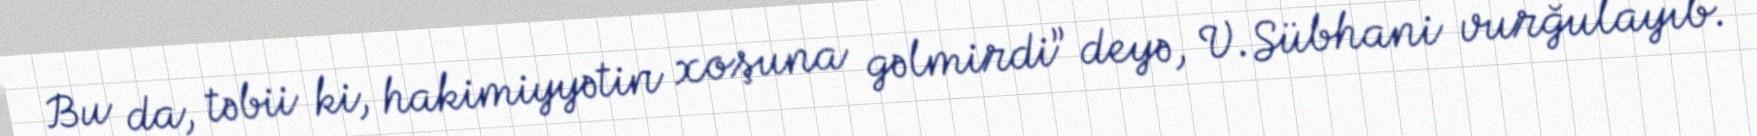
Bu da, təbii ki, hakimiyyətin xoşuna gəlmirdi” deyə, V.Sübhani vurğulayıb.